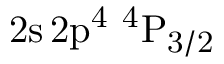
\mathrm { 2 s \, 2 p ^ { 4 } ~ ^ { 4 } P _ { 3 / 2 } }